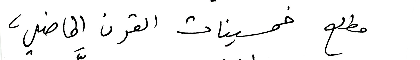
مطلع خمسينات القرن الماضي،